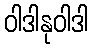
ဝါဒါနုဝါဒါ